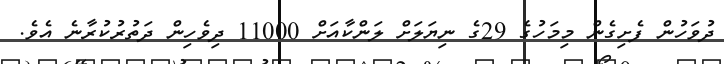
ދުވަހުން ފެށިގެން މިމަހުގެ 29ގެ ނިޔަލަށް ލަންކާއަށް 11000 ދިވެހިން ދަތުރުކުރާނެ އެވެ.